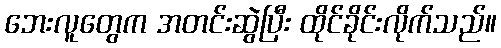
ဘေးလူတွေက အတင်းဆွဲပြီး ထိုင်ခိုင်းလိုက်သည်။